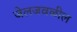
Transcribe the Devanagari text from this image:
जेलजवळील